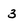
Character: 3